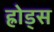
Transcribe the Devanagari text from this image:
ह्रोड्स